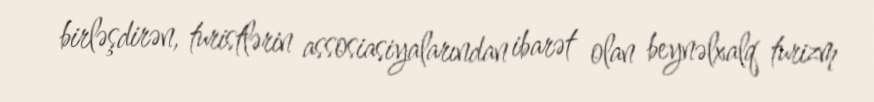
birləşdirən, turistlərin assosiasiyalarından ibarət olan beynəlxalq turizm